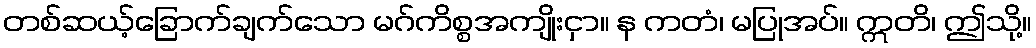
တစ်ဆယ့်ခြောက်ချက်သော မဂ်ကိစ္စအကျိုးငှာ။ န ကတံ၊ မပြုအပ်။ ဣတိ၊ ဤသို့။